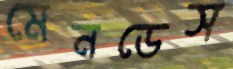
মেনডেস